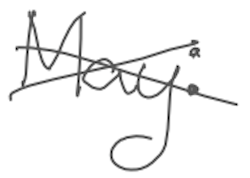
Text: May:
Cross-out: cross
Writing tool: digital_gray